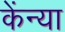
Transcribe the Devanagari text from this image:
केंन्या